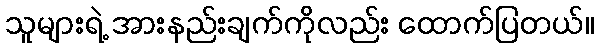
သူများရဲ့ အားနည်းချက်ကိုလည်း ထောက်ပြတယ်။